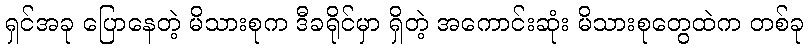
ရှင်အခု ပြောနေတဲ့ မိသားစုက ဒီခရိုင်မှာ ရှိတဲ့ အကောင်းဆုံး မိသားစုတွေထဲက တစ်ခု